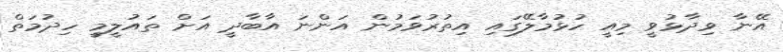
އޭނާ ވިދާޅުވީ މިއީ ހުޅުމާލޭގައި އިތުރުވަމުން އަންނަ އާބާދީ އަށް ތައުލީމީ ހިދުމަތް